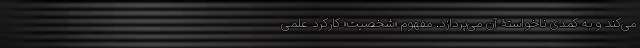
می‌کند و به کمدی‌ ناخواستۀ آن می‌پردازد. مفهوم «شخصیت» کارکرد علمی